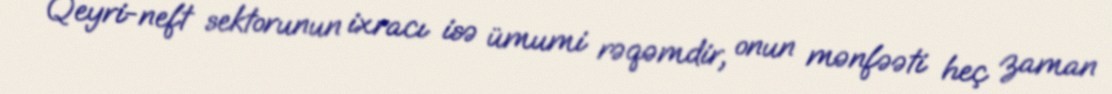
Qeyri-neft sektorunun ixracı isə ümumi rəqəmdir, onun mənfəəti heç zaman